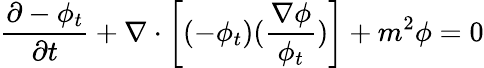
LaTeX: \frac{\partial-\phi_{t}}{\partial t}+\nabla\cdot\left[(-\phi_{t})(\frac{\nabla\phi}{\phi_{t}})\right]+m^{2}\phi=0